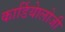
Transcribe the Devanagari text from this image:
कार्डियाेलोजी